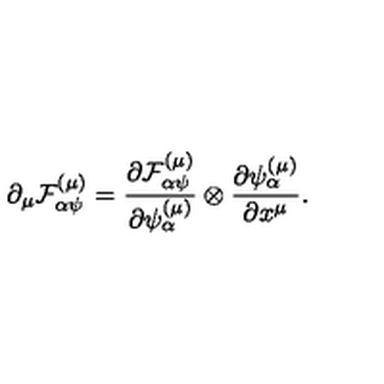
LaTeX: \partial _ { \mu } { \cal F } _ { \alpha \psi } ^ { \left( \mu \right) } = \frac { \partial { \cal F } _ { \alpha \psi } ^ { \left( \mu \right) } } { \partial \psi _ { \alpha } ^ { \left( \mu \right) } } \otimes \frac { \partial \psi _ { \alpha } ^ { \left( \mu \right) } } { \partial x ^ { \mu } } .